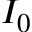
I _ { 0 }